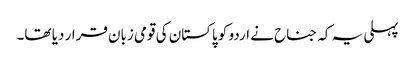
پہلی یہ کہ جناح نے اردو کو پاکستان کی قومی زبان قرار دیا تھا۔